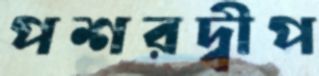
পশরদ্বীপ